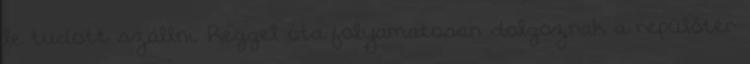
le tudott szállni. Reggel óta folyamatosan dolgoznak a repülőtér